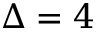
\Delta = 4